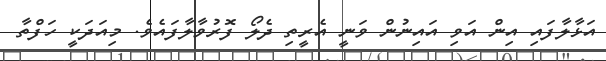
އަޅާލާފައި އިން އަވި އައިނުުން ވަނީ އެރީތި ދެލޯ ފޮރުވާލާފައެވެ. މިއަދަކީ ހަފްތާ